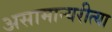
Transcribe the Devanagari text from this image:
असामान्यरीत्या